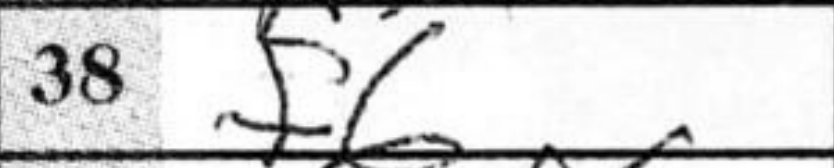
Transcription: f6